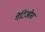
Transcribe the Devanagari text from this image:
गेंटिओस